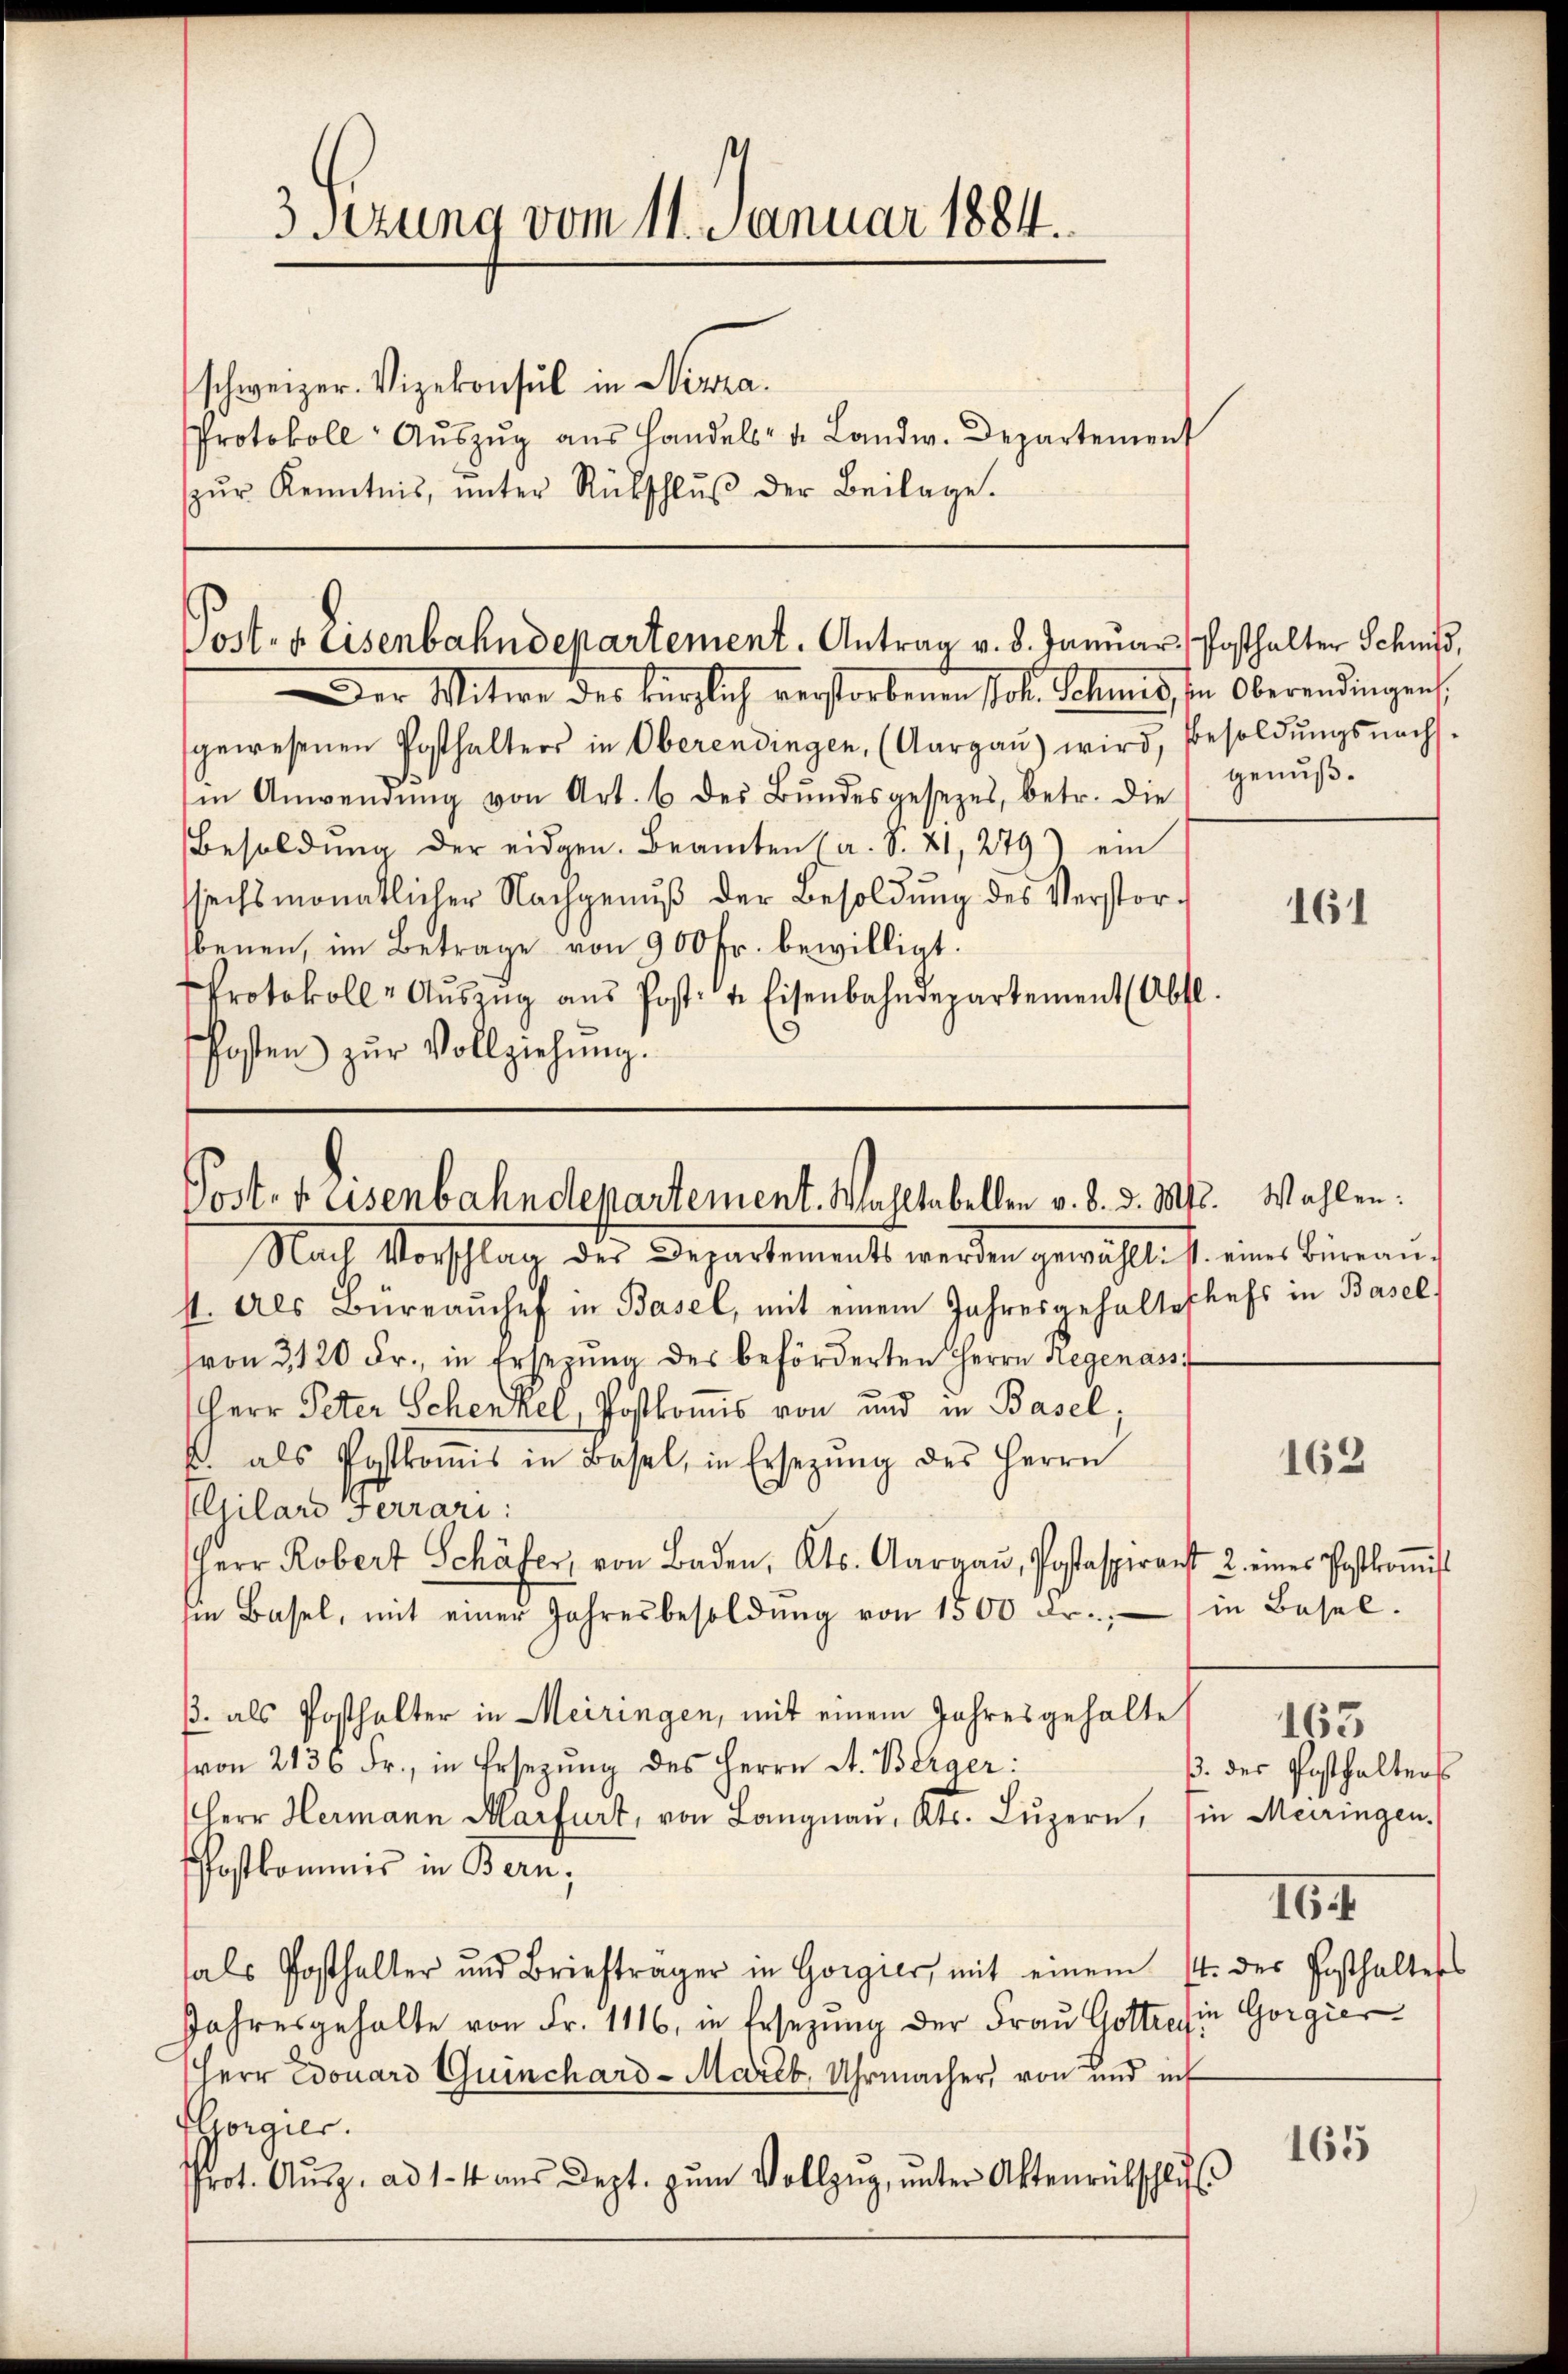
Post- u. Eisenbahndepartement. Antrag v. 8. Januar Posthalter Schniss,

Der Mitwe des bürglich verstorbenen Pot. Sohnes in Oberendungen
gewesenen Posthalters in Oberendingen, (Aargaŭ) wird, Besoldŭngsnachs-
d
sin Anwendŭng von Art. 6 des Bŭndesgesetzes, betr. die genŭβ-
Besoldŭng der eidgen. Beamten (a. S. 21, 279) ein
sechsmonatlicher Nachgenuß der Besoldung des Verstorbenen, im Betrage von 900 fr. bewilligt.
Protokoll- Aŭszŭg aŭs Post: 4. Eisenbahndepartement (Abtl.
Posten zur Vollziehung.

3sezung vom 11. Januar 1884.
schweizer. Vizekonsul in Nizza
Protokoll Aŭszŭg aŭs Handels- u. Landw. Departement
zŭr Kenntnis, ŭnter Rückschlŭβ der Beilage.

Post. Heisenbahndepartement. Wahltabellen v. d. d. Mts. Wahlen:

Nach Vorschlag der Departements werden gewählt. A. eines Büreau.
st. Als Büreaŭchef in Basel, mit einem Jahresgehaltschefs in Basel
von 3120 Fr., in Ersezŭng des beförderten Herrn Regenass
Herr Peter Schenkel, Postkomis von und in Basel;
. als Postkoṁis in Basel, in Ersetzŭng des Herrn
Eljilard Ferrari:
Herr Robert Schäfer, von Baden, Kts. Aargaŭ, Postasperanst 2. eines Postkoṁiss
iin Basel, mit einer Jahresbesoldŭng von 1500 Fr. in Basel-
/. als Posthalter in Meiringen, mit einem Jahresgehalte
von 2136 Fr., in Ersezung des Herrn St. Berger:
Herr Hermann Marfurt, von Langnau, Kts. Lŭzern, in Meiringen.
Postkommnis in Bern;
als Posthalter und Briefträger in Gorgier, mit einem 14. der Posthaltess
Jahresgehalte von Fr. 1116, in Ersezung der Frau Gottres in Gorgier
Herr Edouard Guinchard-Maréb, Uhrmacher, von und mit
orgier.
prot. Aŭsg. ad 1. 4 aŭs Dept. zŭm Vollzŭg, ŭnter Aktenrückschlŭ

161

162

163
ß. der Posthalters
16.1

165